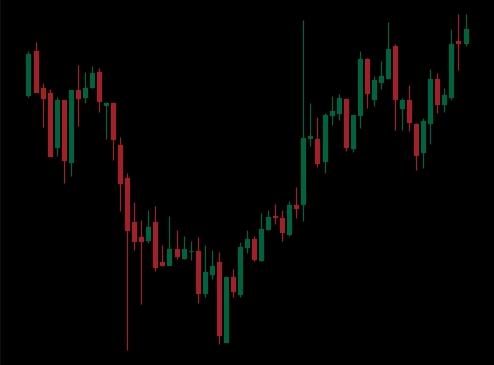
Pattern: inverse_head_shoulders